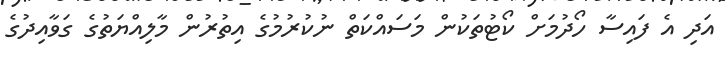
އަދި އެ ފައިސާ ހޯދުމަށް ކޯޓުތަކުން މަސައްކަތް ނުކުރުމުގެ އިތުރުން މާލިއްޔަތުގެ ގަވާއިދުގެ